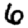
Digit: 6